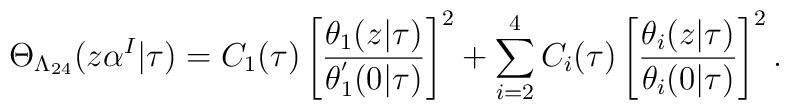
\Theta_{\Lambda_{24}}(z\alpha^{I}|\tau)=C_{1}(\tau)\left[\frac{\theta_{1}(z|\tau)}{\theta_{1}^{'}(0|\tau)}\right]^{2}+\sum_{i=2}^{4} C_{i}(\tau)\left[\frac{\theta_{i}(z|\tau)}{\theta_{i}(0|\tau)}\right]^{2}.